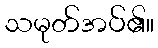
သမုတ်အပ်၏။